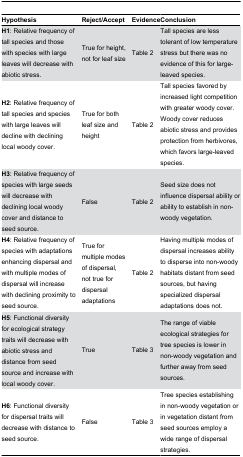
| Hypothesis | Reject/Accept | Evidence | Conclusion |
 | --- | --- | --- | --- |
 | H1: Relative frequency of tall species and those with species with large leaves will decrease with abiotic stress. | True for height, not for leaf size | Table 2 | Tall species are less tolerant of low temperature stress but there was no evidence of this for large-leaved species. |
 | H2: Relative frequency of tall species and species with large leaves will decline with declining local woody cover. | True for both leaf size and height | Table 2 | Tall species favored by increased light competition with greater woody cover. Woody cover reduces abiotic stress and provides protection from herbivores, which favors large-leaved species. |
 | H3: Relative frequency of species with large seeds will decrease with declining local woody cover and distance to seed source. | False | Table 2 | Seed size does not influence dispersal ability or ability to establish in non-woody vegetation. |
 | H4: Relative frequency of species with adaptations enhancing dispersal and with multiple modes of dispersal will increase with declining proximity to seed source. | True for multiple modes of dispersal, not true for dispersal adaptations | Table 2 | Having multiple modes of dispersal increases ability to disperse into non-woody habitats distant from seed sources, but having specialized dispersal adaptations does not. |
 | H5: Functional diversity for ecological strategy traits will decrease with abiotic stress and distance from seed source and increase with local woody cover. | True | Table 3 | The range of viable ecological strategies for tree species is lower in non-woody vegetation and further away from seed sources. |
 | H6: Functional diversity for dispersal traits will decrease with distance to seed source. | False | Table 3 | Tree species establishing in non-woody vegetation or in vegetation distant from seed sources employ a wide range of dispersal strategies. |